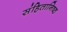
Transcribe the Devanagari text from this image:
संहितानिष्ठ